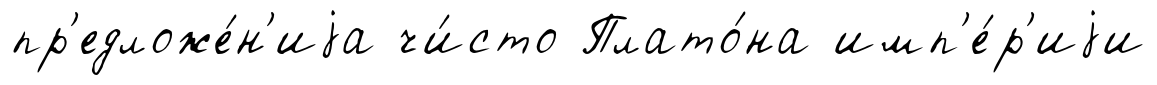
пр'едложе́н'иjа чи́сто Плато́на имп'е́р'иjи